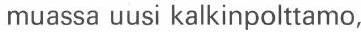
muassa uusi kalkinpolttamo,